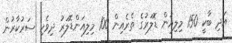
އަދި ބާކީ 150 މިލިއަން ޑޮލަރުގެ ތެރެއިން 100 މިލިއަންޑޮލަރު ދިވެހި ސަރުކާރުން